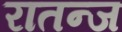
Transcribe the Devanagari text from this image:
रातन्ज